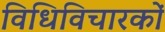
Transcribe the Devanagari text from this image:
विधिविचारकों